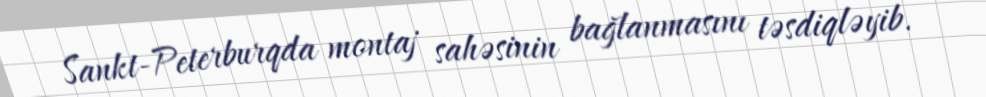
Sankt-Peterburqda montaj sahəsinin bağlanmasını təsdiqləyib.